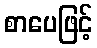
စာပေဖြင့်